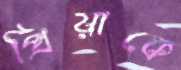
প্রিয়াকে